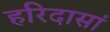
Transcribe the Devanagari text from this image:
हरिदासां